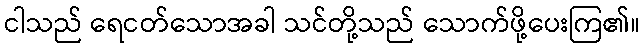
ငါသည် ရေငတ်သောအခါ သင်တို့သည် သောက်ဖို့ပေးကြ၏။